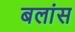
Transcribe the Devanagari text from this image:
बलांस